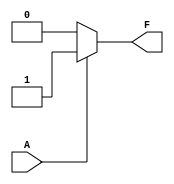
module single_variable_kmap (
    input wire A,       // Input variable
    output wire F      // Output variable
);

// Parameters for output based on truth table
parameter F0 = 0;   // Output when A = 0
parameter F1 = 1;   // Output when A = 1

// Combinational logic based on K-map
assign F = (A == 1'b0) ? F0 : F1;

endmodule